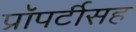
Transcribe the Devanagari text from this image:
प्रॉपर्टीसह